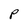
Character: p